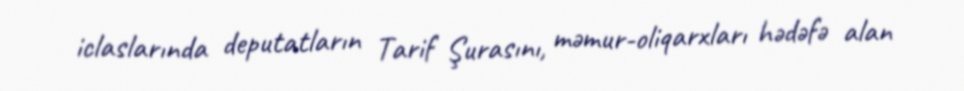
iclaslarında deputatların Tarif Şurasını, məmur-oliqarxları hədəfə alan